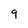
Character: 9